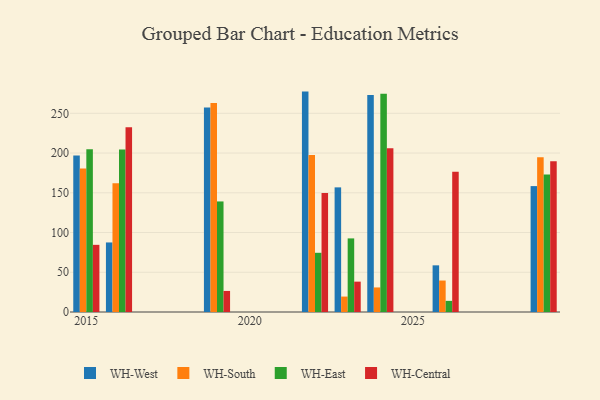
{"axis": {"x": "Year", "y": "Latency (ms)"}, "legend": ["WH-Central", "WH-East", "WH-South", "WH-West"], "data": [{"x": "2019", "y": 257.4, "type": "WH-West"}, {"x": "2019", "y": 263.0, "type": "WH-South"}, {"x": "2019", "y": 139.1, "type": "WH-East"}, {"x": "2019", "y": 26.5, "type": "WH-Central"}, {"x": "2022", "y": 277.3, "type": "WH-West"}, {"x": "2022", "y": 197.4, "type": "WH-South"}, {"x": "2022", "y": 74.5, "type": "WH-East"}, {"x": "2022", "y": 149.7, "type": "WH-Central"}, {"x": "2026", "y": 58.7, "type": "WH-West"}, {"x": "2026", "y": 39.6, "type": "WH-South"}, {"x": "2026", "y": 14.0, "type": "WH-East"}, {"x": "2026", "y": 176.6, "type": "WH-Central"}, {"x": "2016", "y": 87.5, "type": "WH-West"}, {"x": "2016", "y": 161.9, "type": "WH-South"}, {"x": "2016", "y": 204.4, "type": "WH-East"}, {"x": "2016", "y": 232.4, "type": "WH-Central"}, {"x": "2023", "y": 156.8, "type": "WH-West"}, {"x": "2023", "y": 19.4, "type": "WH-South"}, {"x": "2023", "y": 92.6, "type": "WH-East"}, {"x": "2023", "y": 38.2, "type": "WH-Central"}, {"x": "2015", "y": 197.0, "type": "WH-West"}, {"x": "2015", "y": 180.4, "type": "WH-South"}, {"x": "2015", "y": 204.8, "type": "WH-East"}, {"x": "2015", "y": 84.5, "type": "WH-Central"}, {"x": "2029", "y": 158.4, "type": "WH-West"}, {"x": "2029", "y": 194.6, "type": "WH-South"}, {"x": "2029", "y": 173.0, "type": "WH-East"}, {"x": "2029", "y": 189.8, "type": "WH-Central"}, {"x": "2024", "y": 273.0, "type": "WH-West"}, {"x": "2024", "y": 30.9, "type": "WH-South"}, {"x": "2024", "y": 274.6, "type": "WH-East"}, {"x": "2024", "y": 206.0, "type": "WH-Central"}]}